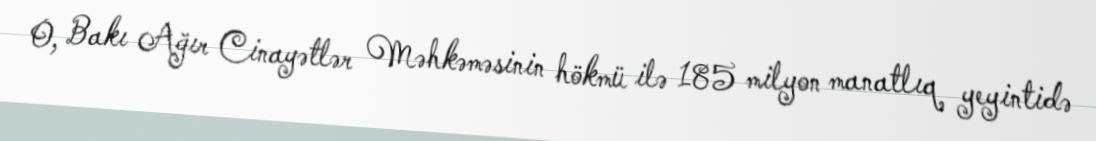
O, Bakı Ağır Cinayətlər Məhkəməsinin hökmü ilə 185 milyon manatlıq yeyintidə